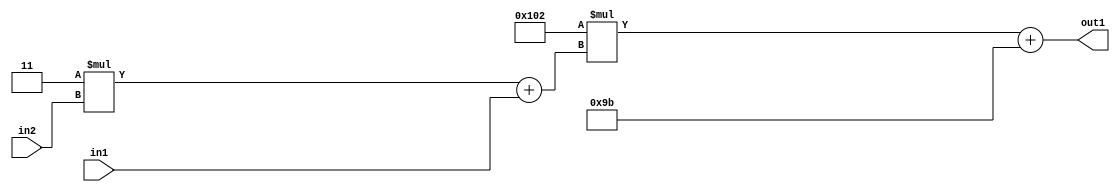
`timescale 1ps / 1ps
/*****************************************************************************
    Verilog RTL Description
    
    
    Created by: Stratus DpOpt 2019.1.01 
*******************************************************************************/

module DC_Filter_Add2i155Mul2i258Add2u1Mul2i3u2_4 (
	in2,
	in1,
	out1
	); /* architecture "behavioural" */ 
input [1:0] in2;
input  in1;
output [11:0] out1;
wire [11:0] asc001;
wire [3:0] asc002;

wire [3:0] asc002_tmp_0;
assign asc002_tmp_0 = 
	+(4'B0011 * in2);
assign asc002 = asc002_tmp_0
	+(in1);

wire [11:0] asc001_tmp_1;
assign asc001_tmp_1 = 
	+(12'B000100000010 * asc002);
assign asc001 = asc001_tmp_1
	+(12'B000010011011);

assign out1 = asc001;
endmodule

/* CADENCE  v7X4Tgo= : u9/ySgnWtBlWxVPRXgAZ4Og= ** DO NOT EDIT THIS LINE ******/